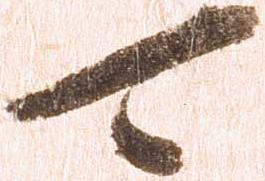
可